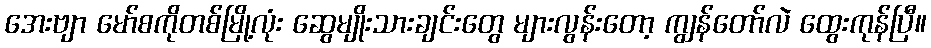
အေးဗျာ မော်စကိုတစ်မြို့လုံး ဆွေမျိုးသားချင်းတွေ များလွန်းတော့ ကျွန်တော်လဲ ထွေးကုန်ပြီ။